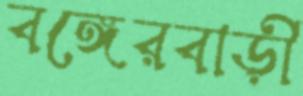
বঙ্গেরবাড়ী